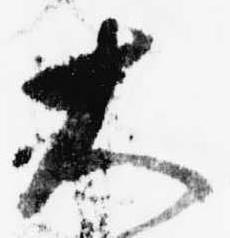
大